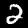
Label: 2